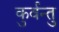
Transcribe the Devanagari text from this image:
कुर्वन्तु